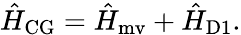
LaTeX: \hat{H}_{\mathrm{CG}}=\hat{H}_{\mathrm{mv}}+\hat{H}_{\mathrm{D1}}.